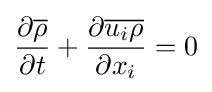
{\frac {\partial {\overline {\rho }}}{\partial t}}+{\frac {\partial {\overline {u_{i}\rho }}}{\partial x_{i}}}=0